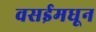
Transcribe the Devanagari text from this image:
वसईमधून